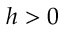
h > 0